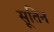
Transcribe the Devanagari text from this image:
सूतिन